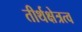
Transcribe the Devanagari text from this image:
तीर्थक्षेत्रत्व